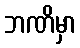
ဘဏိမှာ